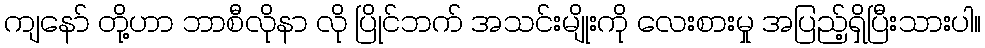
ကျနော် တို့ဟာ ဘာစီလိုနာ လို ပြိုင်ဘက် အသင်းမျိုးကို လေးစားမှု အပြည့်ရှိပြီးသားပါ။